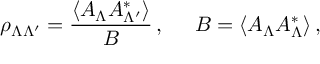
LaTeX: \rho _ { \Lambda \Lambda ^ { \prime } } = { \frac { \langle A _ { \Lambda } A _ { \Lambda ^ { \prime } } ^ { * } \rangle } { B } } \, , \; \; \; \; \; B = \langle A _ { \Lambda } A _ { \Lambda } ^ { * } \rangle \, ,